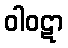
ဝါဝဋာ